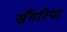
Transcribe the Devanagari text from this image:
सँगरिया